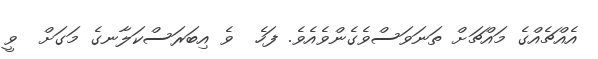
އެއްޗެއްގެ މައްޗަށް ތަނަވަސްވެގެންވެއެވެ. ފަހެ  ވެ އިބަރަސްކަލާނގެ މަގަށް  ވީ